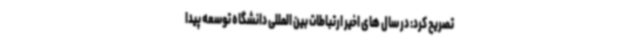
تصریح کرد: در سال های اخیر ارتباطات بین المللی دانشگاه توسعه پیدا